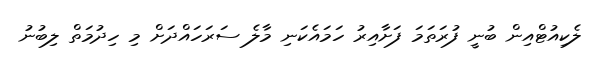
ލެކިއުޓްއިން ބުނީ ފުރަތަމަ ފަށާއިރު ހަމައެކަނި މާލެ ސަރަހައްދަށް މި ހިދުމަތް ލިބުނު